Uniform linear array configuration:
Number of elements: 24
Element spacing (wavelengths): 0.75
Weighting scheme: hamming
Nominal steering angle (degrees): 45
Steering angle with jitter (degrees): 45.455
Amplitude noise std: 0.05
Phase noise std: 0.05

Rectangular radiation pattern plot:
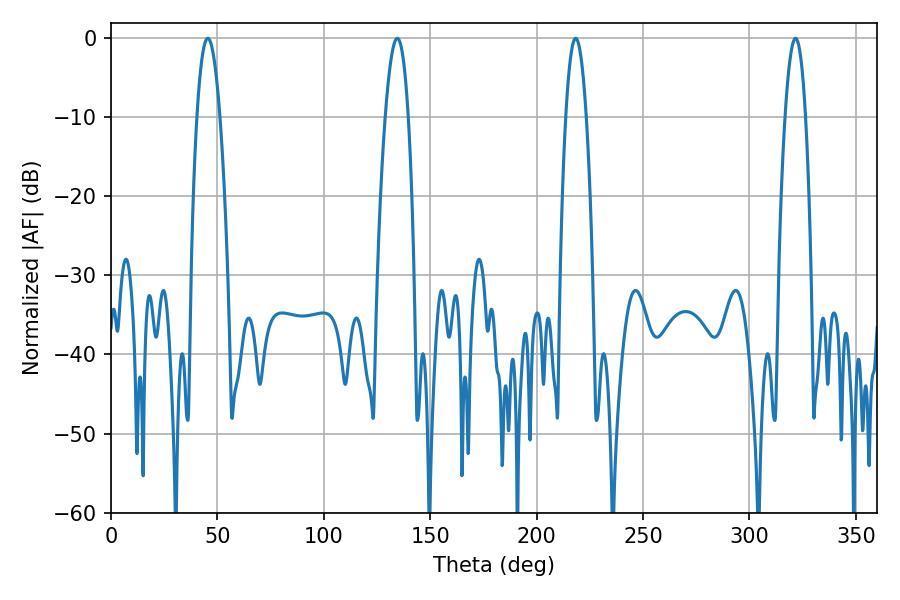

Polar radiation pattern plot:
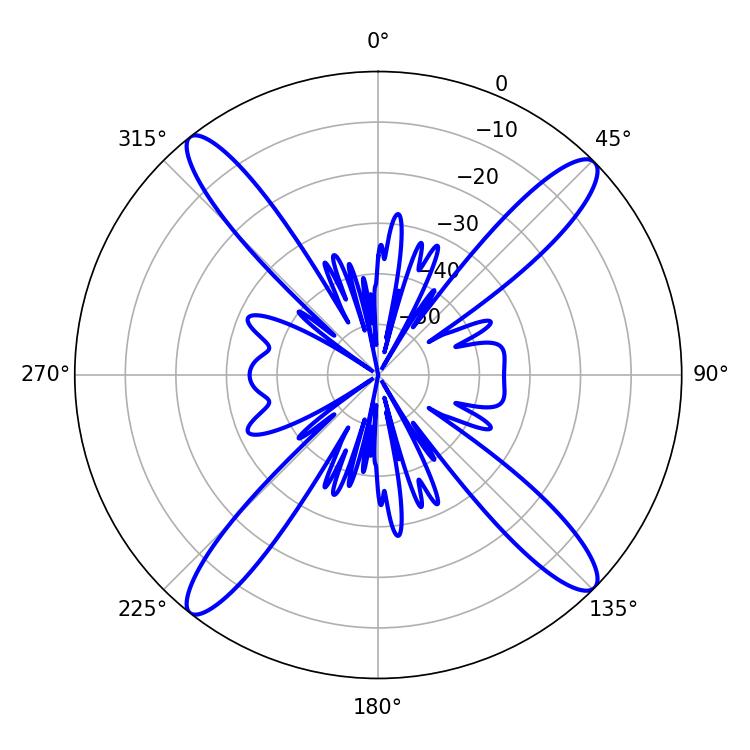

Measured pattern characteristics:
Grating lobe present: TRUE
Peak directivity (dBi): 17.453
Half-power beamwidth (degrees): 5.22
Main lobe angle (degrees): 218.34